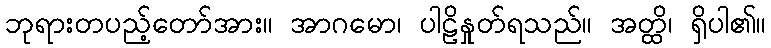
ဘုရားတပည့်တော်အား။ အာဂမော၊ ပါဠိနှုတ်ရသည်။ အတ္ထိ၊ ရှိပါ၏။